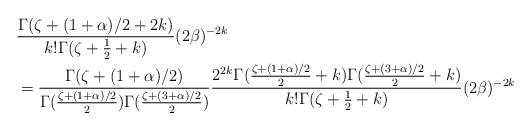
LaTeX: \begin{align*} & \frac{\Gamma(\zeta+(1+\alpha)/2+2k)}{k!\Gamma(\zeta+\frac12+k)}(2\beta)^{-2k} \\ & = \frac{\Gamma(\zeta+(1+\alpha)/2)}{\Gamma(\frac{\zeta+(1+\alpha)/2}{2})\Gamma(\frac{\zeta+(3+\alpha)/2}{2})} \frac{2^{2k}\Gamma(\frac{\zeta+(1+\alpha)/2}{2}+k)\Gamma(\frac{\zeta+(3+\alpha)/2}{2}+k)}{k!\Gamma(\zeta+\frac12+k)}(2\beta)^{-2k}\end{align*}